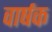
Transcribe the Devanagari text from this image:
वार्षक